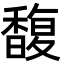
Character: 馥